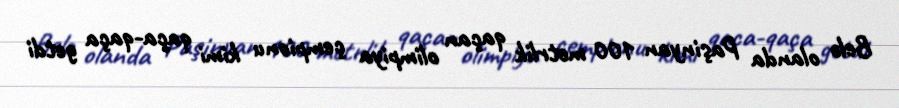
Belə olanda Paşinyan 100 metrlik qaçan olimpiya çempionu kimi qaça-qaça getdi